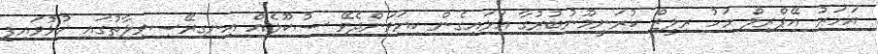
އަހަރު އޭޕްރިލް މަހު ރިލީޒް ކުރަނީމޫނުބުރުގާ އަޅައިގެން ކިޔަވަންދެވޭ ސުކޫލެއް އިނގިރޭސިވިލާތުގައި ހުޅުވައިފި